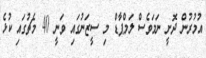
އުމުރުން ދޮށީ ނަމަވެސް ލަމްޕާޑް މި ސީޒަނުގައި ވަނީ 40 މެޗުގައި ކުޅެ